Report on vaccination in Madras 1922-1929 - 1922-1929
Year: 1922
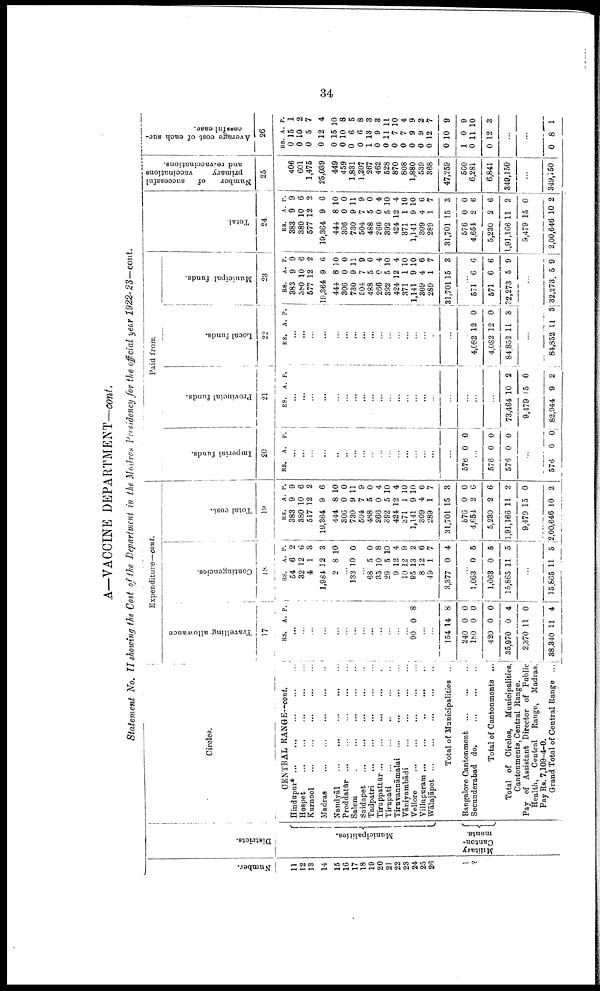
34
A—VACCINE DEPARTMENT—cont.
Statement No. II showing the Cost of the Department in the Madras Presidency for the official year 1922-23—cont.
Number.
11
12
13
14
15
16
17
18
19
20
21
22
23
24
25
26
1
2
Districts.
Municipalities.
Military
Canton
ments.
Circles.
CENTRAL RANGE—cont.
Hindupur* ... ... ... ... ...
Hospet ... ... ... ... ...
Kurnool
...
...
...
...
...
Madras
...
...
...
...
...
Nandyāl
...
...
...
...
...
Proddatūr ... ... ... ... ...
Salem ... ... ... ... ...
Saidapet
...
...
...
...
...
Tadpatri ... ... ... ... ...
Tiruppattūr ... ... ... ...
Tirupati
...
...
...
...
...
Tiruvannāmalai
...
...
...
...
Vāniyambadi
...
...
...
...
Vellore
...
...
...
...
...
Villupuram
...
...
...
...
...
Wālajāpet
...
...
...
...
...
Total of Municipalities ...
Bangalore Cantonment ... ... ...
Secunderabad do.
...
...
...
Total of Cantonments ...
Total of Circles, Municipalities,
Cantonments, Central Range.
Pay of Assistant Director of Public
Health,
Central Range, Madras,
Pay Rs. 7,109-4-0.
Grand Total of Central Range ...
Expenditure—cont.
Travelling allowance
17
RS. A. P.
...
...
...
...
...
...
...
...
...
...
...
...
...
90 0 8
...
...
154
240
180
420
35,970
2,370
38,340
14
0
0
0
0
11
11
8
0
0
0
4
0
4
Contingencies.
18
RS.
54
32
4
1,984
2
A.
6
12
1
12
8
P.
2
6
3
3
10
...
133 10 0
...
68
35
29
9
10
95
8
49
3,377
5
10
5
12
12
13
12
1
0
0
8
10
4
9
2
6
7
4
...
1,063
1,063
15,865
0
0
11
5
5
5
...
15,865 11 5
Total cost.
19
RS.
383
380
517
19,364
444
306
730
504
488
266
392
424
371
1,141
309
289
31,701
576
4,654
5,230
1,91,166
9,479
2,00,646
A.
9
10
12
9
8
0
9
7
5
0
5
12
1
9
4
1
15
0
2
2
11
15
10
P.
9
6
2
6
10
0
11
9
0
4
10
4
10
10
6
7
3
0
6
6
2
0
2
Paid from
Imperial funds.
20
RS. A. P.
...
...
...
...
...
...
...
...
...
...
...
...
...
...
...
...
...
576 0 0
...
576
573
0
0
0
0
...
576 0 0
Provincial funds.
21
RS. A P.
...
...
...
...
...
...
...
...
...
...
...
...
...
...
...
...
...
...
...
...
73,464
9,479
82,944
10
15
9
2
0
2
Local funds.
22
RS. A. P.
...
...
...
...
...
...
...
...
...
...
...
...
...
...
...
...
...
...
4,082
4,082
84,852
12
12
11
0
0
3
...
84,852 11 3
Municipal funds.
23
RS.
383
380
577
19,364
444
306
730
504
488
266
392
424
371
1,141
309
289
31,701
A.
9
10
12
9
8
0
9
7
5
0
5
12
1
9
4
1
15
P.
9
6
2
6
10
0
11
9
0
4
10
4
10
10
6
7
3
...
571
571
32,273
6
6
5
6
6
9
...
32,273 5 9
Total.
24
RS.
383
380
577
19,364
444
306
730
504
488
266
392
424
371
1,141
309
289
31,701
576
4,654
5,230
1,91,166
9,479
2,00,646
A.
9
10
12
9
8
0
9
7
5
0
5
12
1
9
4
1
15
0
2
2
11
15
10
P.
9
6
2
6
10
0
11
9
0
4
10
4
10
10
6
7
3
0
6
6
2
0
2
Number
of
successful
primary
vaccinations
and re-vaccinations.
25
406
601
1,475
25,039
449
459
1,831
1,207
267
462
528
870
808
1,880
539
368
47,259
560
6,281
6,841
349,150
...
349,150
Average cost of each suc¬
cessful case.
26
RS.
0
0
0
0
0
0
0
0
1
0
0
0
0
0
0
0
0
1
0
0
A.
15
10
5
12
15
10
6
6
13
9
11
7
7
9
9
12
10
0
11
12
P.
1
2
7
4
10
8
5
8
3
3
11
10
4
9
2
7
9
9
10
3
...
...
0 8 1